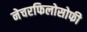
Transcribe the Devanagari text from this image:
नेचरफिलोसोफी